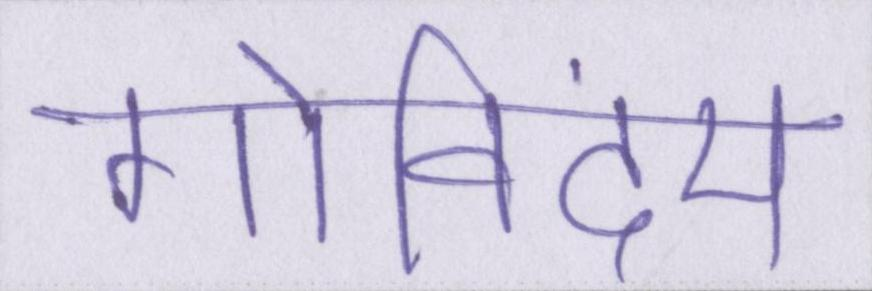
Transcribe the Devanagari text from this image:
गोविंदम